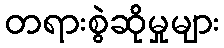
တရားစွဲဆိုမှုများ